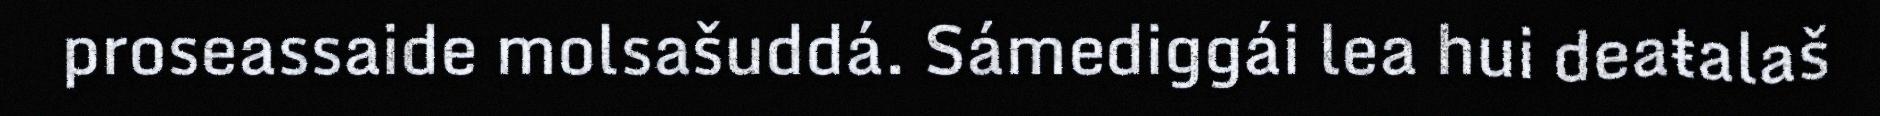
proseassaide molsašuddá. Sámediggái lea hui deaŧalaš